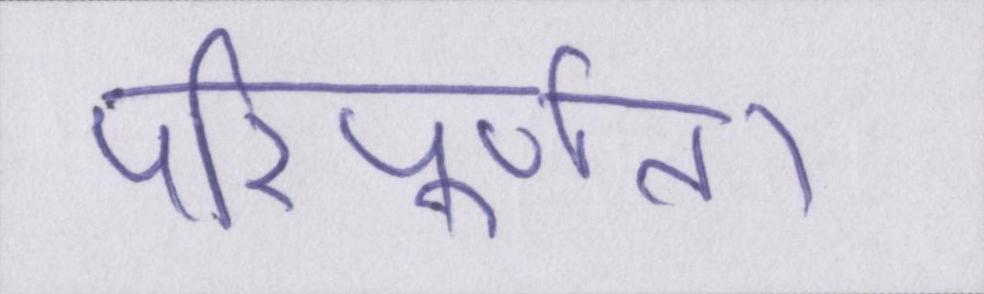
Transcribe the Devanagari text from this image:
परिपूर्णता